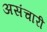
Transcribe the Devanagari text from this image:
असंचारी